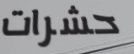
حشرات